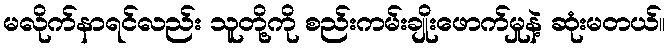
မလိုက်နာရင်လည်း သူတို့ကို စည်းကမ်းချိုးဖောက်မှုနဲ့ ဆုံးမတယ်။